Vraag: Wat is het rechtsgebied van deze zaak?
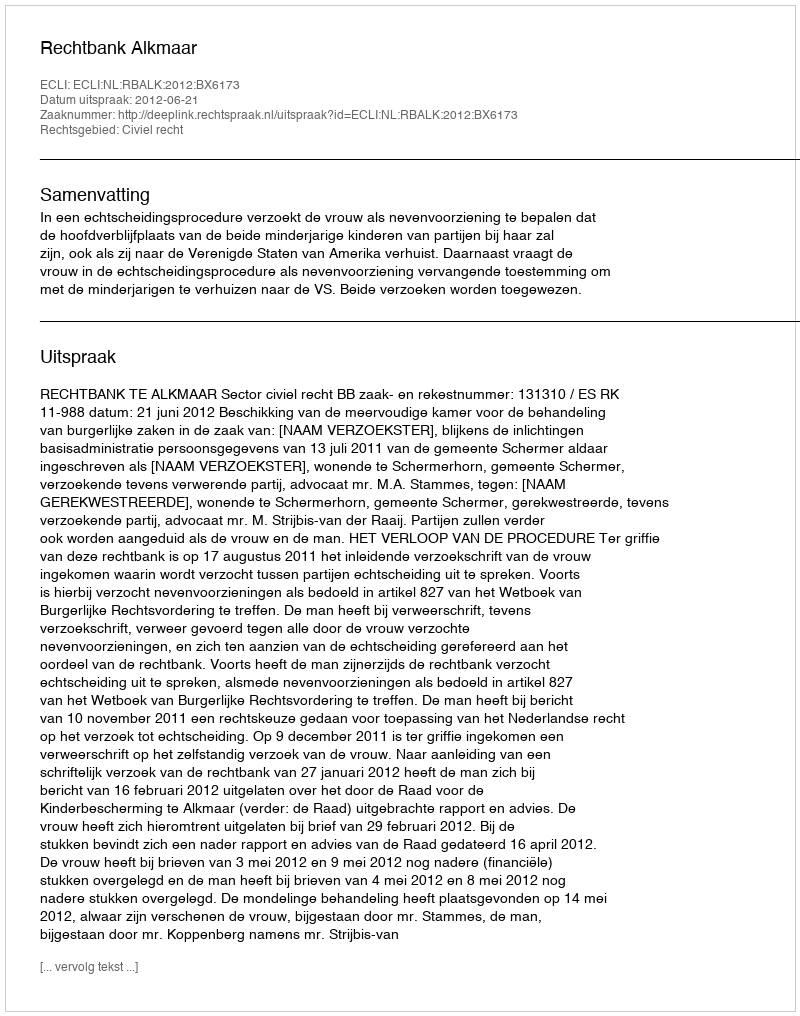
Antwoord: Civiel recht